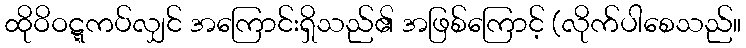
ထိုဝိဝဋ္ဋကပ်လျှင် အကြောင်းရှိသည်၏ အဖြစ်ကြောင့် (လိုက်ပါစေသည်။